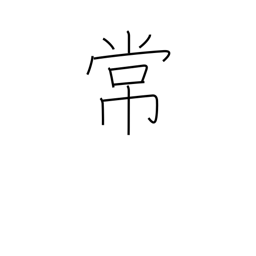
Meaning: regular